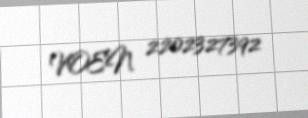
VOEN 2202327392